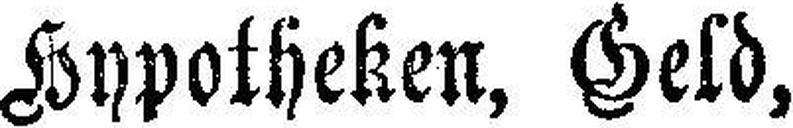
Hypotheken, Geld,